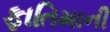
ફાતિમાની